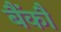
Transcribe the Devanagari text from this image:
बैंकौ